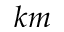
k m